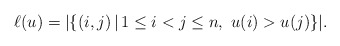
\begin{align*}\ell(u)=|\{(i,j)\,|\, 1\leq i<j\leq n,\ u(i)>u(j)\}|.\end{align*}